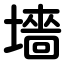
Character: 墻